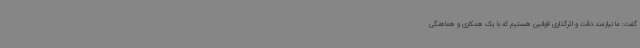
گفت: ما نیازمند دقت و اثرگذاری قوانین هستیم که با یک همکاری و هماهنگی